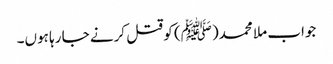
جواب ملا محمد(ﷺ) کو قتل کرنے جا رہا ہوں۔